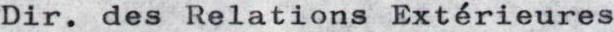
Dir. des Relations Extérieures